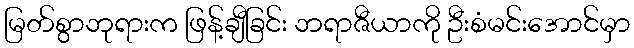
မြတ်စွာဘုရားက ဖြန့်ချီခြင်း ဘရာဇီယာကို ဦးစံမင်းအောင်မှာ